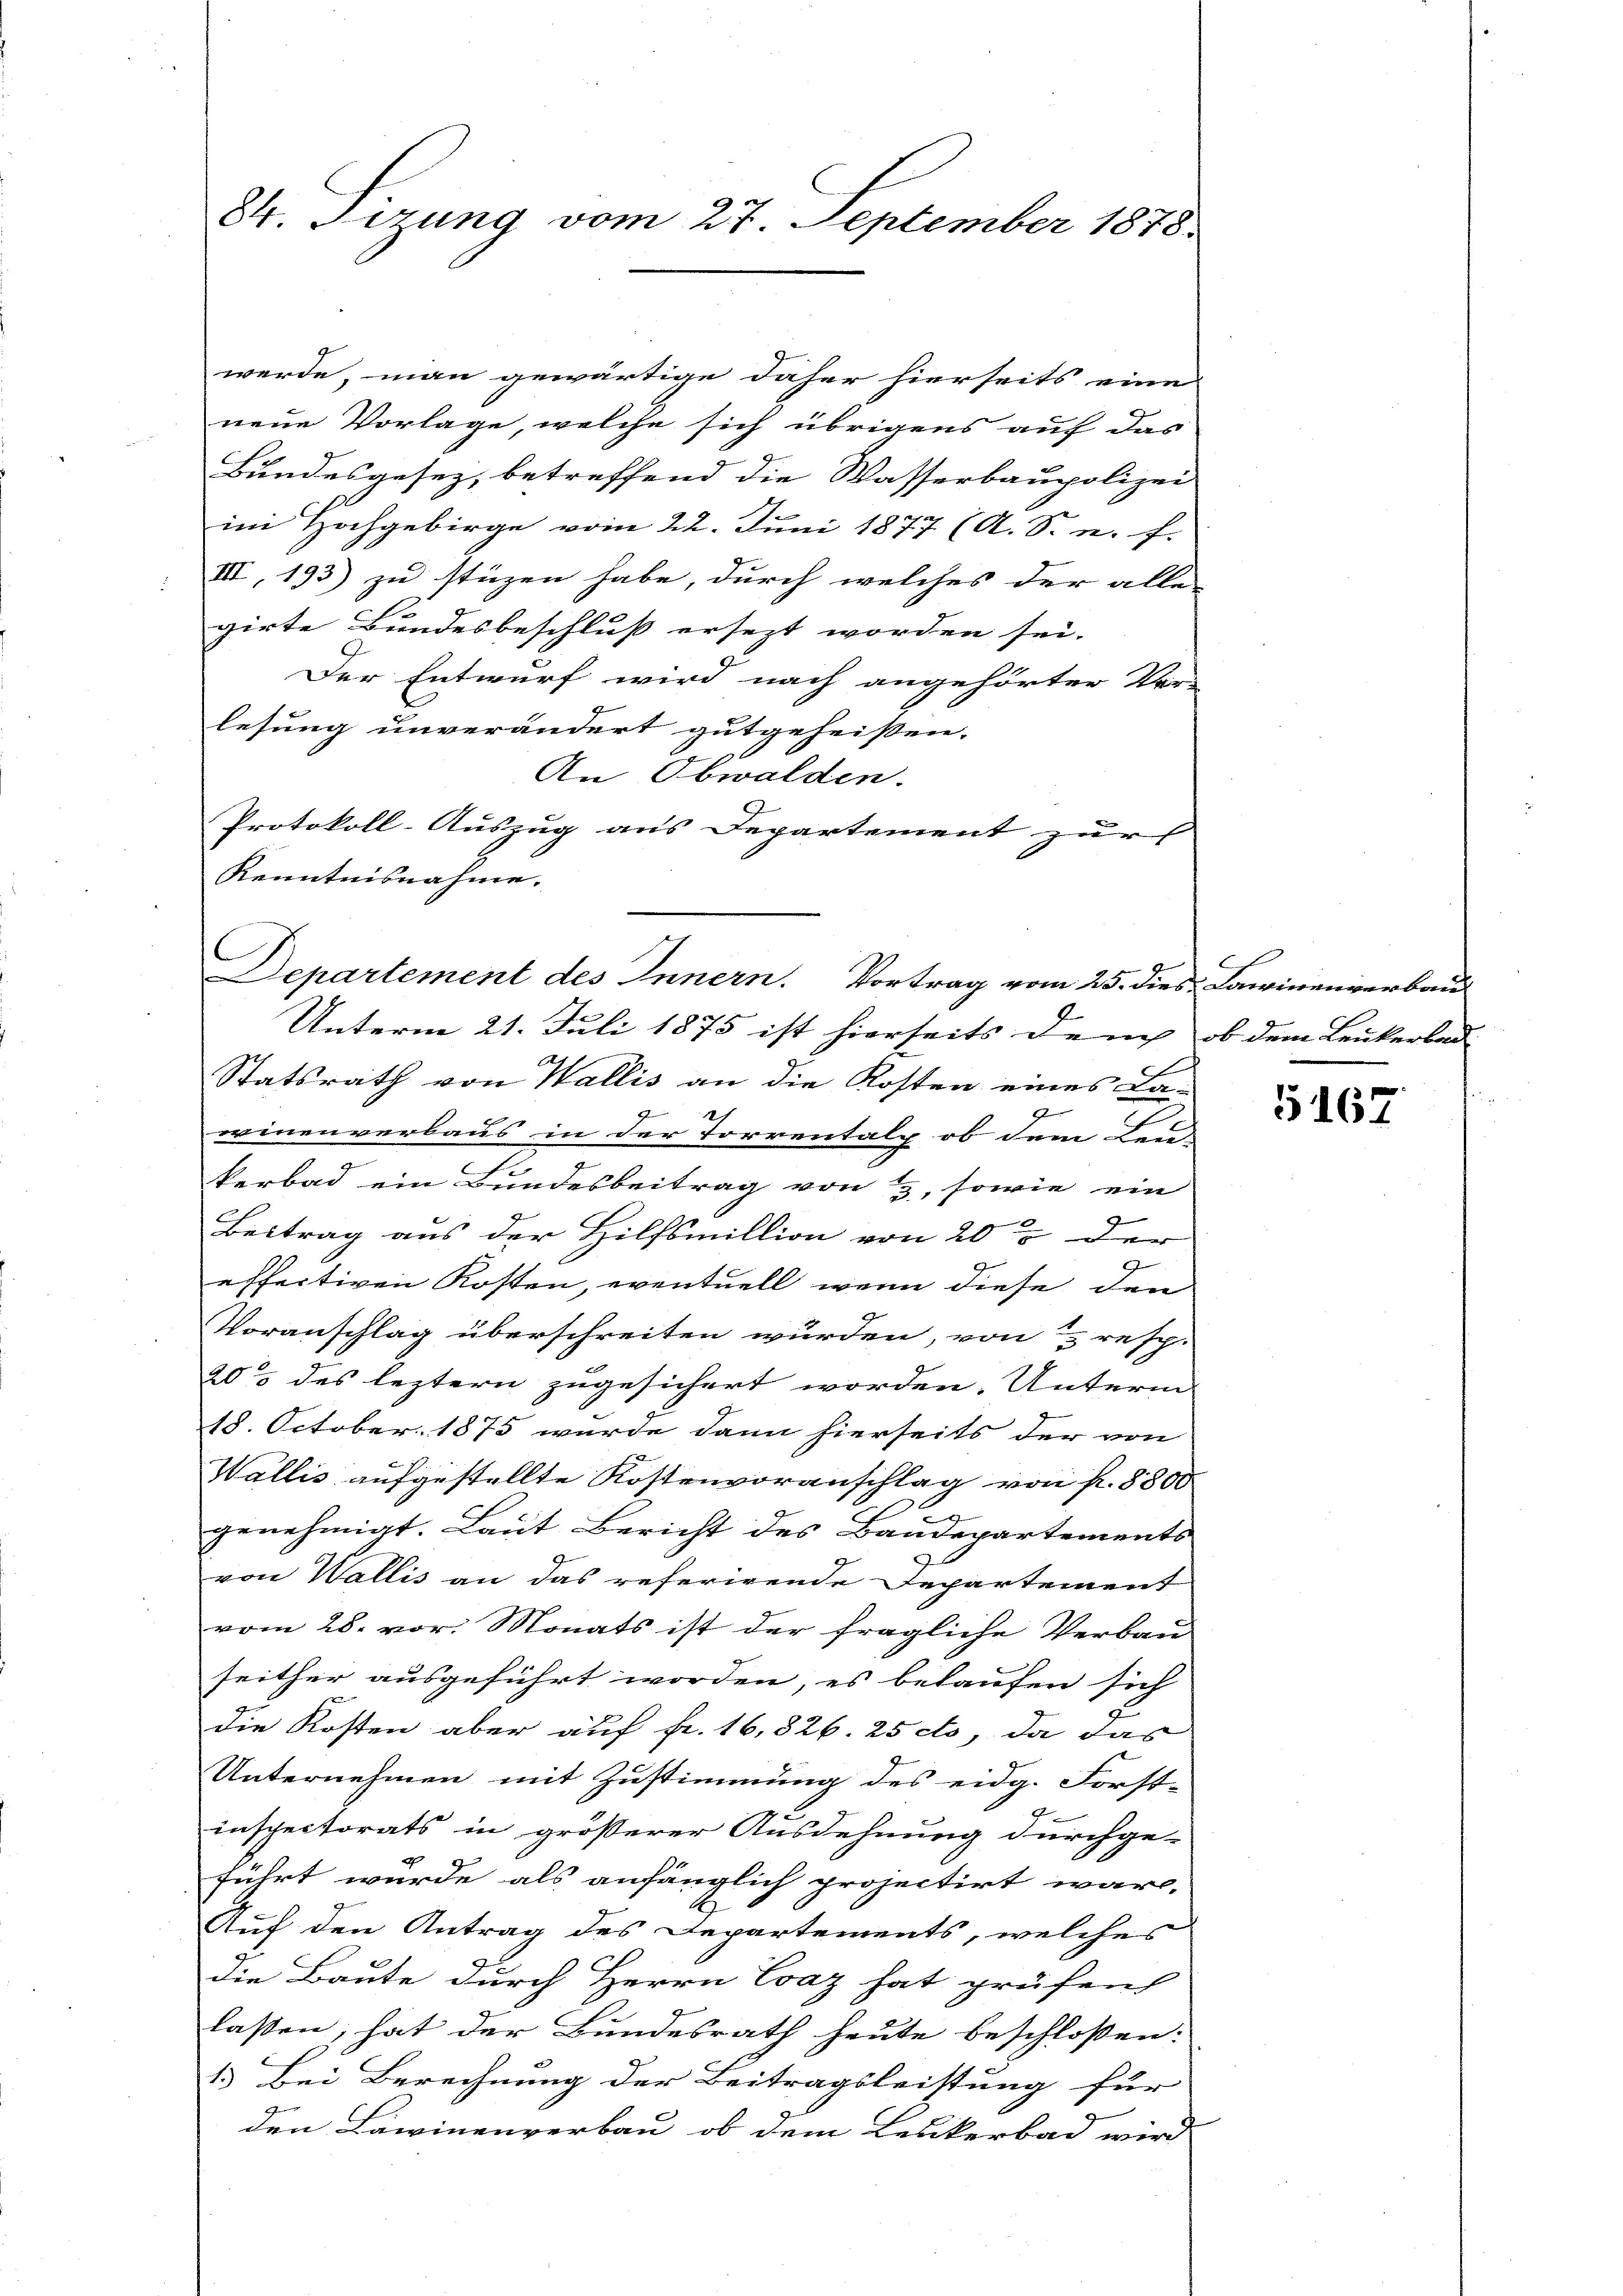
84. Firung vom 27. September 1878.

werde, man gewärtige daher hierseits eine
neue Vorlage, welche sich übrigens auf das
Bundesgesez, betreffend die Wasserbaupolizei
im Hochgebirge vom 22. Juni 1877 (A. S. n. F.
III, 193) zu stüzen habe, durch welches der alle
girte Bundesbeschluß ersezt worden sei.
Der Entwurf wird nach angehörter Ver-
lesung unverändert gutgeheissen.
An Obwalden.
Protokoll-Auszug aus Departement zur
Kenntnisnahme.
C
Departement des Innern. Vortrag vom 25. dies Lawinenverbau

Unterm 21. Juli 1875 ist hierseits den ob dem Leukerbad.

Statsrath von Wallis an die Kosten eines La-
g
2
winenverbaus in der Torrentalp ob dem Feu
kerbad ein Bundesbeitrag von 3, sowie ein
Beitrag aus der Hilfsmillion von 20 % der
effectiven Kosten, eventuell, wenn diese den
Voranschlag überschreiten wurden, von 3 resp.
205 des leztern zugesichert worden. Unterm
18. October 1875 wurde dann hierseits der von
Wallis aufgestellte Kostenvoranschlag von f. 8800
genehmigt. Laut Bericht des Bandepartements
von Wallis an das referirende Departement
vom 28. vor. Monats ist der fragliche Verbau
seither ausgeführt worden, es belaufen sich
die Kosten aber auf fr. 16,826. 25 cts, da das
Unternehmen mit Zustimmung des eidg. Forst-
inspectorats in größerer Ausdehnung durchge-
führt wurde als anfänglich projectirt wäre,
E
Auf den Antrag des Departements, welches
die Baute durch Herrn Evaz hat prüfen
laßen, hat der Bundesrath heute beschloßen:
1.) Bei Berechnung der Beitragsleistung für
G
den Lawinenverbau, ob dem Leukerbad wird

5167